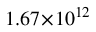
1 . 6 7 \! \times \! 1 0 ^ { 1 2 }